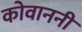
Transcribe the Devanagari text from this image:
कोवाननी